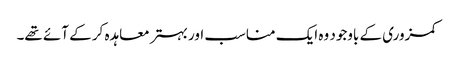
کمزوری کے باوجود وہ ایک مناسب اور بہتر معاہدہ کر کے آئے تھے۔